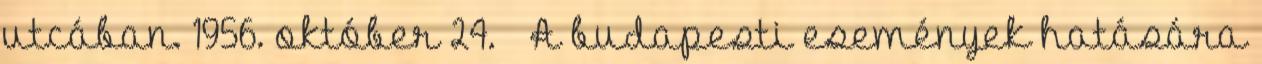
utcában. 1956. október 24. – A budapesti események hatására